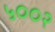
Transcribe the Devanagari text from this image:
५००२